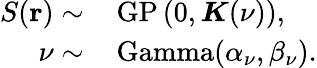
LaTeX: \begin{array}{rl}{S(\mathbf{r})\sim}&{{}\, \mathrm{GP}\left(0,\boldsymbol{K}(\nu)\right),}\\ {\nu\sim}&{{}\, \mathrm{Gamma}(\alpha_{\nu},\beta_{\nu}).}\end{array}